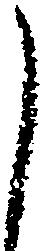
し